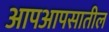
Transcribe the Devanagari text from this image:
आपआपसातील